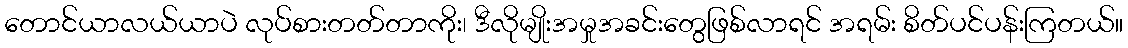
တောင်ယာလယ်ယာပဲ လုပ်စားတတ်တာကိုး၊ ဒီလိုမျိုးအမှုအခင်းတွေဖြစ်လာရင် အရမ်း စိတ်ပင်ပန်းကြတယ်။